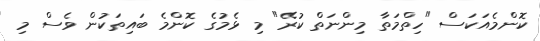
ކޮންމެއަކަސް "ހިތްމަތާ މިންނަތް ކުރޭ" މި ޅެމުގެ ކޮންމެ ބައިތަކުން ވެސް މި